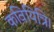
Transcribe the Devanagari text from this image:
कवियित्रि।